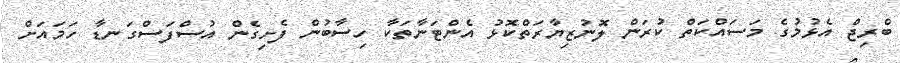
ބްރިޖް އެޅުމުގެ މަސައްކަތް ކުރަން ލޮނުޒިޔާރަތްކޮޅު އެންޓަނާތަކާ ހިސާބުން ފެށިގެން އުސްފަސްގަނޑާ ހަމައަށް